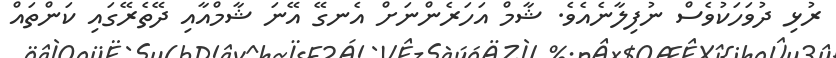
ރުޅި ދުވަހަކުވެސް ނުފިލާނެއެވެ. ޝާމް އަހަރެންނަށް އެނގޭ އޭނަ ޝާމްއާއި ދޭތެރޭގައި ކަންތައް